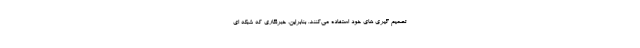
تصمیم گیری های خود استفاده می­‌کنند. بنابراین، خبرنگاری که شبکه ای